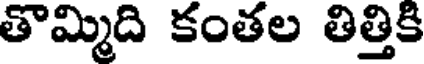
తొమ్మిది కంతల తిత్తికి